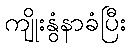
ကျိုးနွံနာခံပြီး